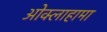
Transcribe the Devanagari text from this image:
ओक्लाहामा